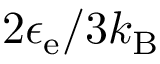
2 \epsilon _ { \mathrm { e } } / 3 k _ { \mathrm { B } }